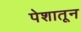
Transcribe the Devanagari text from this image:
पेशातून